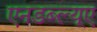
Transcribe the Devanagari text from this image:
एनडब्ल्यूए